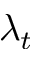
\lambda _ { t }